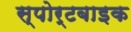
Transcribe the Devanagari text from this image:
स्पोर्टबाइक